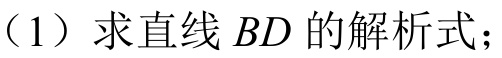
（1）求直线 \(BD\) 的解析式；